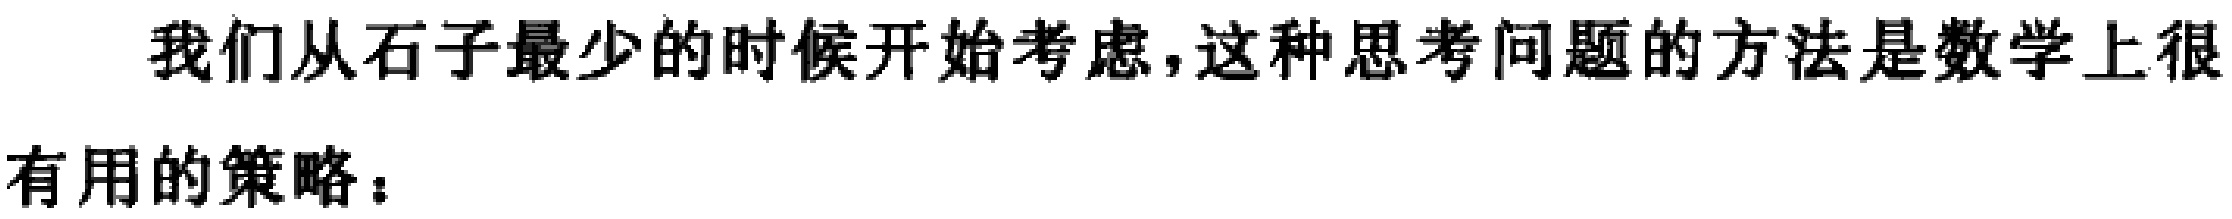
我们从石子最少的时候开始考虑,这种思考问题的方法是数学上很

有用的策略：